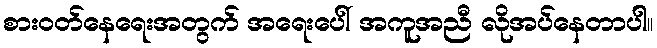
စားဝတ်နေရေးအတွက် အရေးပေါ် အကူအညီ လိုအပ်နေတာပါ။